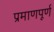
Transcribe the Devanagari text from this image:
प्रमाणपूर्ण